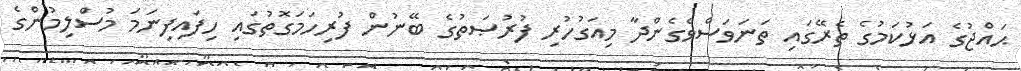
ޙައްޖުގެ އަޅުކަމުގެ ތެރޭގައި ތަނަވަސްވެގެންދާ މިއަގުހުރި ފުރުޞަތުގެ ބޭނުން ފުރިހަމަގޮތުގައި ހިފައިފިނަމަ މުސްލިމުންގެ